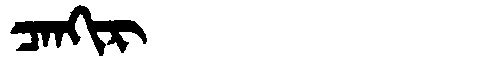
Manchu: ᠴᠠᠨᡴᡳᡵ
Romanization: CANKIR